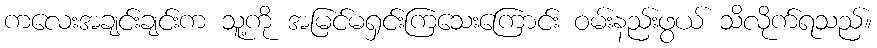
ကလေးအချင်းချင်းက သူ့ကို အမြင်မရှင်းကြသေးကြောင်း ဝမ်းနည်းဖွယ် သိလိုက်ရသည်။